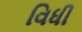
વિધી